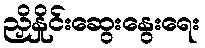
ညှိနှိုင်းဆွေးနွေးရေး